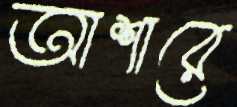
আশারে